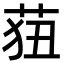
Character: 莥